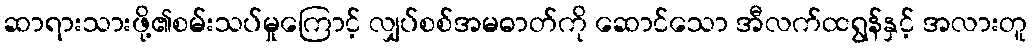
ဆာရားသားဖို့၏စမ်းသပ်မှုကြောင့် လျှပ်စစ်အမဓာတ်ကို ဆောင်သော အီလက်ထရွန်နှင့် အလားတူ